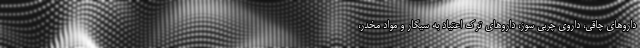
داروهای چاقی، داروی چربی سوز، داروهای ترک اعتیاد به سیگار و مواد مخدر،